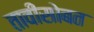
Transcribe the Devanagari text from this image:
तावीसोबत